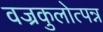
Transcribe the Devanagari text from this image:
वज्रकुलोत्पन्न